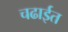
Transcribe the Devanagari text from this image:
चढाईत